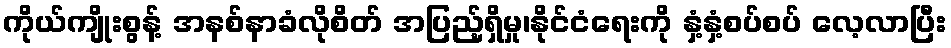
ကိုယ်ကျိုးစွန့် အနစ်နာခံလိုစိတ် အပြည့်ရှိမှု၊နိုင်ငံရေးကို နှံ့နှံ့စပ်စပ် လေ့လာပြီး